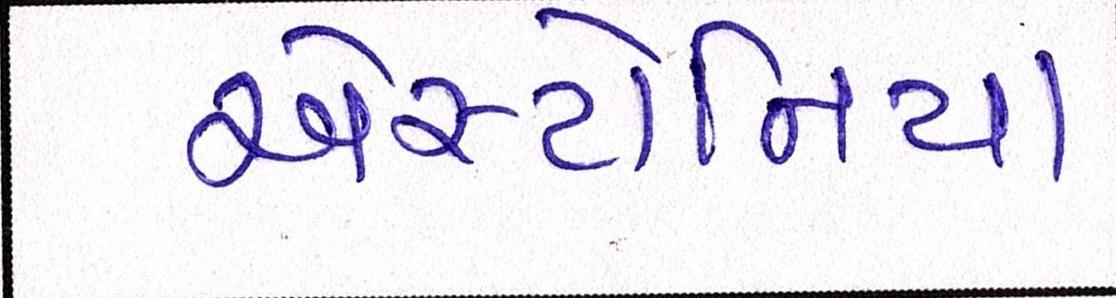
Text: એસ્ટોનિયા